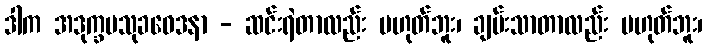
ဒါက အဒုက္ခမသုခဝေဒနာ - ဆင်းရဲတာလည်း မဟုတ်ဘူး၊ ချမ်းသာတာလည်း မဟုတ်ဘူး၊